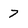
Character: 7